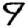
Digit: 9